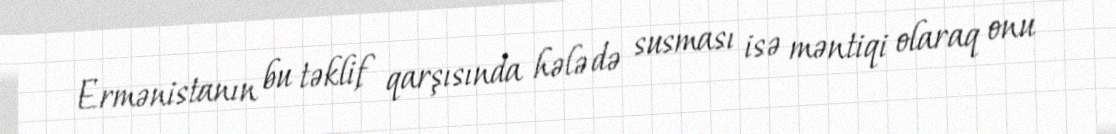
Ermənistanın bu təklif qarşısında hələ də susması isə məntiqi olaraq onu